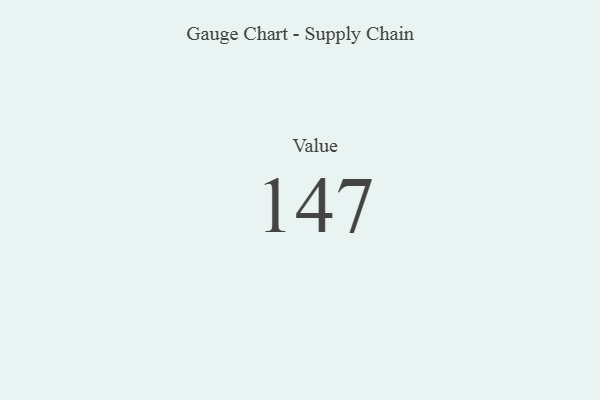
{"axis": {"x": "Metric", "y": "Value"}, "legend": [""], "data": [{"x": "Value", "y": 147, "type": ""}]}